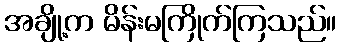
အချို့က မိန်းမကြိုက်ကြသည်။